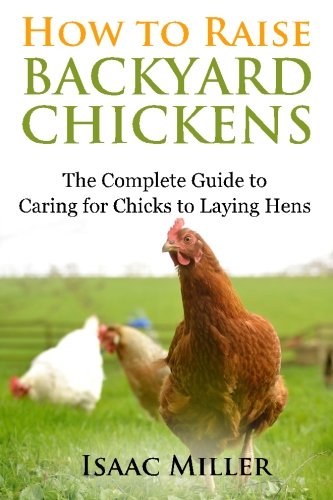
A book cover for How To Raise Backyard Chickens: The Complete Guide to Caring for Chicks to Laying Hens; Isaac Miller; Crafts, Hobbies & Home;